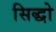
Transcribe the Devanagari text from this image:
सिद्धो